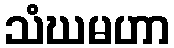
သံဃမဟာ